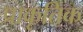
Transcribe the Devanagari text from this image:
प्राकृतिक